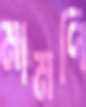
মামপি